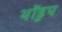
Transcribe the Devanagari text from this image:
थोंडुप